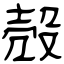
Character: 殻